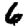
Digit: 6